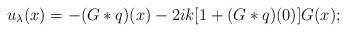
LaTeX: \begin{align*}u_{\lambda}(x)=-(G\ast{q})(x)-2ik[1+(G\ast{q})(0)]G(x);\end{align*}